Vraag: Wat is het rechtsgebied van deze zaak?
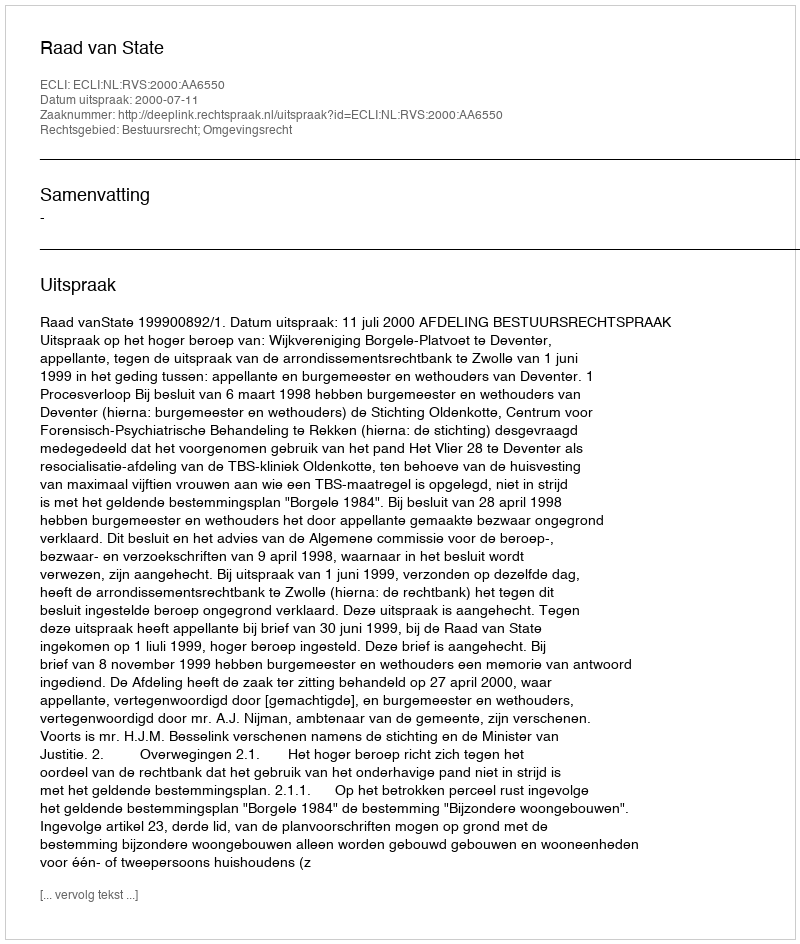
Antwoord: Bestuursrecht; Omgevingsrecht